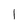
Character: 1